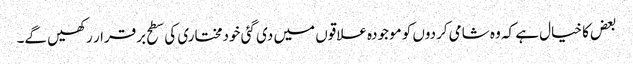
بعض کا خیال ہے کہ وہ شامی کردوں کو موجودہ علاقوں میں دی گئی خودمختاری کی سطح برقرار رکھیں گے۔